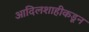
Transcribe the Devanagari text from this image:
आदिलशाहीकडून